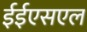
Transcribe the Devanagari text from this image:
ईईएसएल